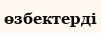
өзбектерді